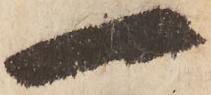
一